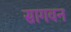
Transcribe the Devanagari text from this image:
सागवन